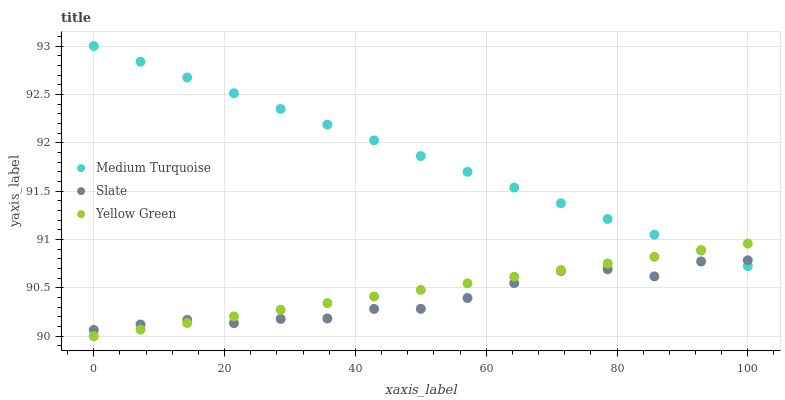
| xaxis_label | Medium Turquoise | Slate | Yellow Green |
 | --- | --- | --- | --- |
 | 0 | 93 | 90.1 | 90 |
 | 7.14 | 92.8 | 90.1 | 90.1 |
 | 14.3 | 92.7 | 90.2 | 90.1 |
 | 21.4 | 92.5 | 90.1 | 90.2 |
 | 28.6 | 92.3 | 90.2 | 90.3 |
 | 35.7 | 92.2 | 90.2 | 90.3 |
 | 42.9 | 92 | 90.3 | 90.4 |
 | 50 | 91.9 | 90.3 | 90.5 |
 | 57.1 | 91.7 | 90.4 | 90.5 |
 | 64.3 | 91.5 | 90.5 | 90.6 |
 | 71.4 | 91.4 | 90.7 | 90.7 |
 | 78.6 | 91.2 | 90.7 | 90.8 |
 | 85.7 | 91 | 90.6 | 90.8 |
 | 92.9 | 90.9 | 90.8 | 90.9 |
 | 100 | 90.7 | 90.8 | 91 |